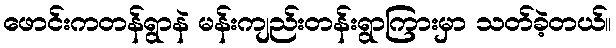
ဖောင်းကတန်ရွာနဲ မန်းကျည်းတန်းရွာကြားမှာ သတ်ခဲ့တယ်။